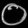
Digit: ၀